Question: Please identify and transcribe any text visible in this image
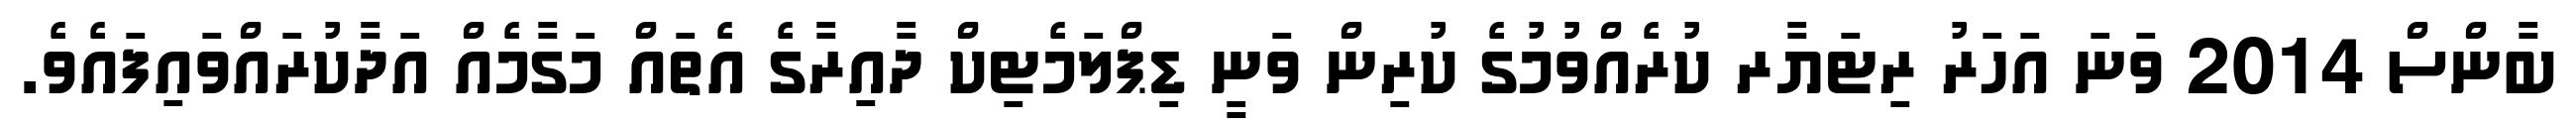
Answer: ބާންސް 2014 ވަނަ އަހަރު ރިޓަޔާރ ކުރެއްވުމުގެ ކުރިން ވަނީ ޑިޕްލަމެޓިކް ދާއިރާގެ އެތައް މަގާމެއް އަދާކުރައްވައިފައެވެ.